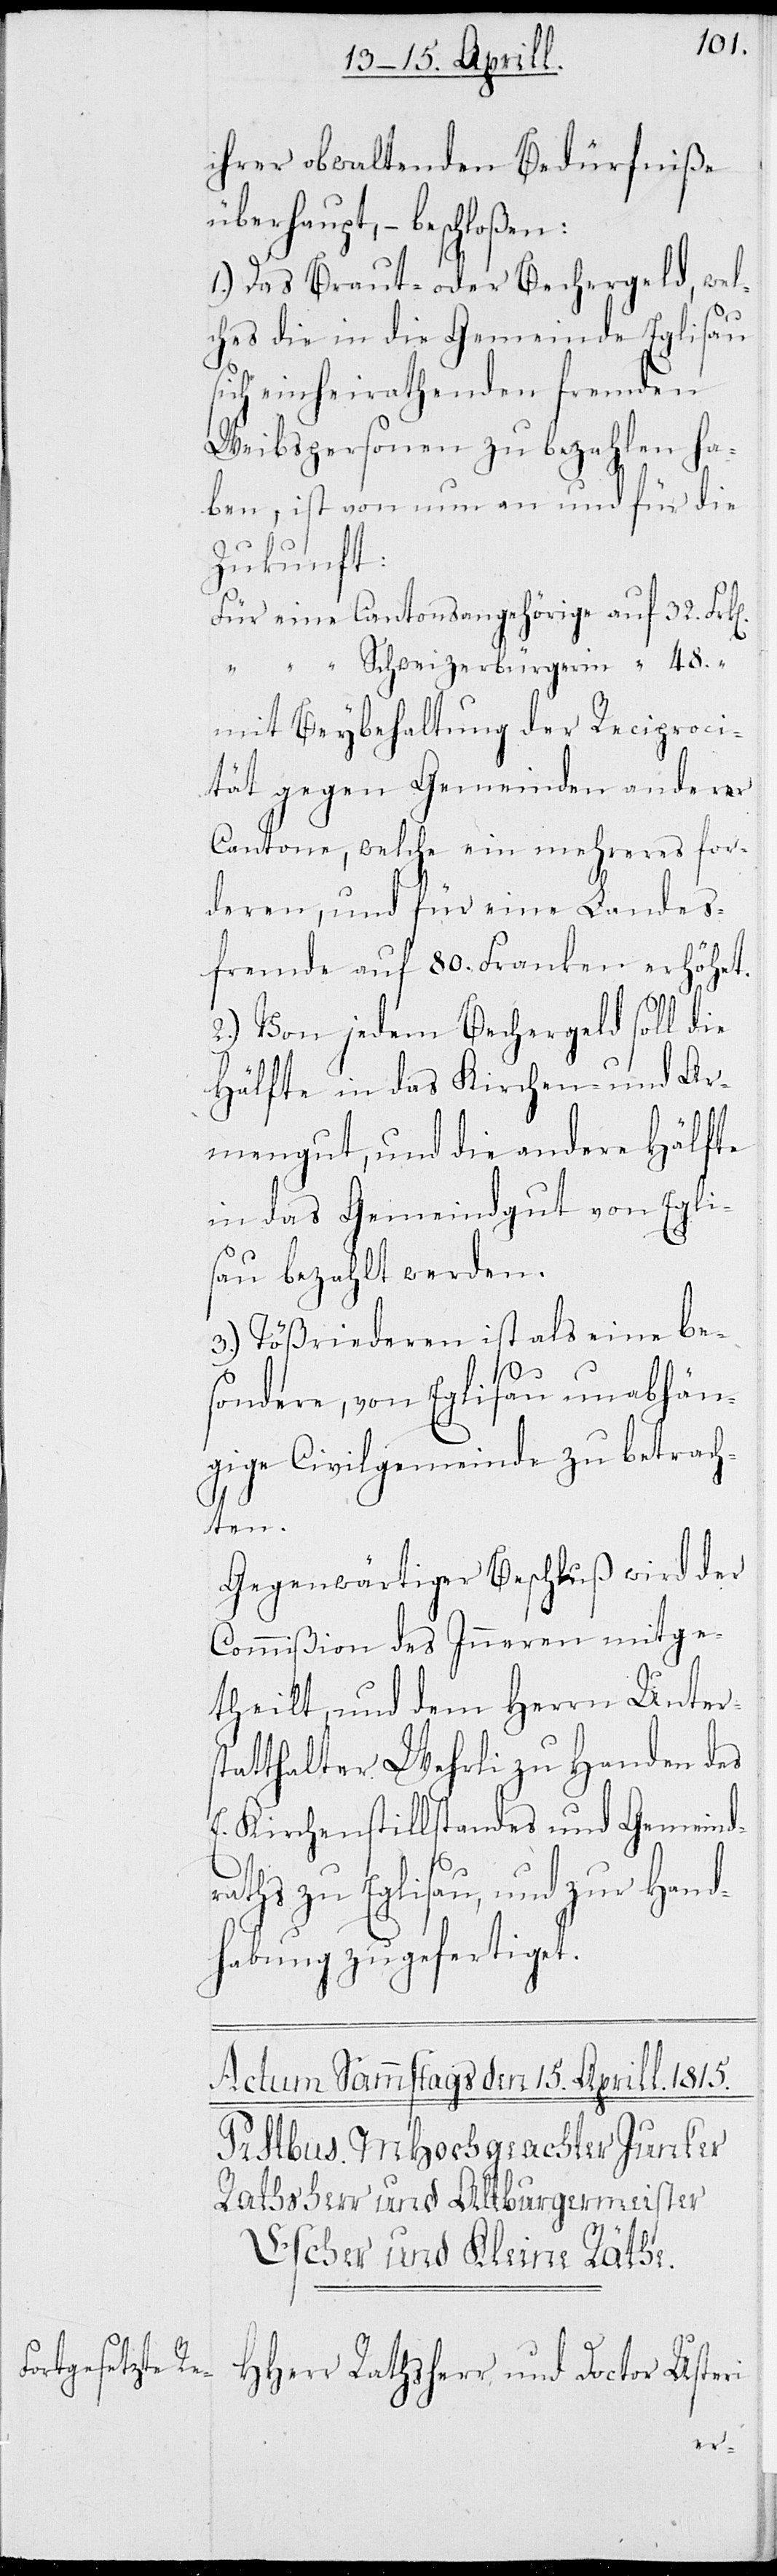
ihrer obwaltenden Bedürfniße
überhaupt, – beschloßen:
1.) Das Braut- oder Bechergeld, wel¬
ches die in die Gemeinde Eglisau
sich einheirathenden fremden
Weibspersonen zu bezahlen ha¬
ben, ist von nun an und für die
Zukunft:
Für eine Cantonsangehörige auf 32. Frk¬
„ „ Schweizerbürgerin auf 48. „
mit Beybehaltung der Reciproci¬
tät gegen Gemeinden anderer
Cantone, welche ein mehreres for¬
deren, und für eine Landes¬
fremde auf 80. Franken erhöht.
2.) Von jedem Bechergeld soll die
Hälfte in das Kirchen- und Ar¬
mengut, und die andere Hälfte
in das Gemeindegut von Eglis¬
au bezahlt werden.
3.) Tößriederen ist als eine be¬
sondere, von Eglisau unabhän¬
gige Civilgemeinde zu betrach¬
ten.
Gegenwärtiger Beschluß wird der
Commißion des Inneren mitge¬
theilt, und dem Herrn Unters¬
tatthalter Wehrli zu Handen des
E. Kirchenstillstandes und Gemeind¬
raths zu Eglisau, und zur Hand¬
habung zugefertiget.